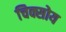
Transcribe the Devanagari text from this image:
चिक्सोय